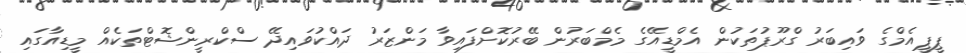
ޕީޕީއެމްގެ ވައިބަރު ގްރޫޕުތަކުން އެމްޑީއޭގެ މެމްބަރުން ބޭރުކޮށްފައިވާ މަންޒަރު ދައްކުވައިދޭ ސްކްރީންޝޮޓްތަކެއް މީޑިއާގައި